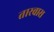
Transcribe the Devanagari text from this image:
तारवास